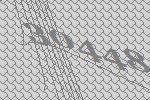
30448